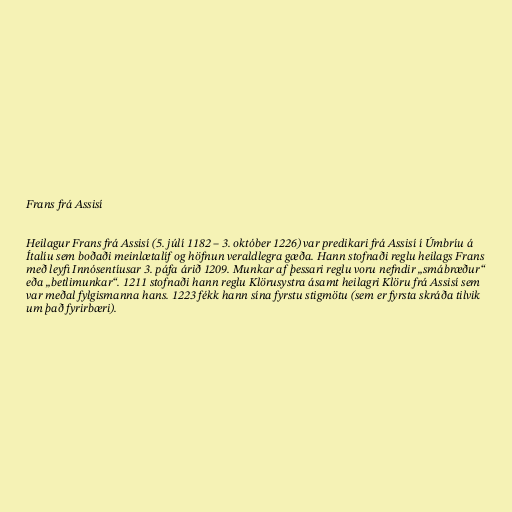
Frans frá Assisí

Heilagur Frans frá Assisí (5. júlí 1182 – 3. október 1226) var predikari frá Assisí í Úmbríu á
Ítalíu sem boðaði meinlætalíf og höfnun veraldlegra gæða. Hann stofnaði reglu heilags Frans
með leyfi Innósentíusar 3. páfa árið 1209. Munkar af þessari reglu voru nefndir „smábræður“
eða „betlimunkar“. 1211 stofnaði hann reglu Klörusystra ásamt heilagri Klöru frá Assisí sem
var meðal fylgismanna hans. 1223 fékk hann sína fyrstu stigmötu (sem er fyrsta skráða tilvik
um það fyrirbæri).